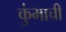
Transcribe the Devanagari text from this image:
कुंभाची